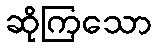
ဆိုကြသော